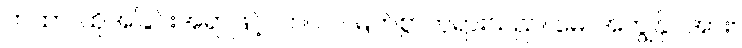
တထာ၊ ထိုအခြင်းအရာဖြင့်။ ဘဂဝါ၊ မြတ်စွာဘုရားသည်။ မေ၊ အကျွန်ုပ်အား။